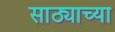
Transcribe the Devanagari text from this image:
साठ्याच्या